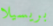
بريسيلا